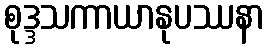
စုဒ္ဒသကာယာနုပဿနာ